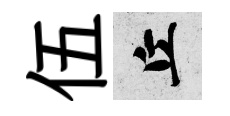
伍丘